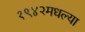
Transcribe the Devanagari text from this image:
१९४२मधल्या